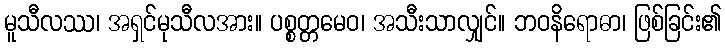
မူသီလဿ၊ အရှင်မုသီလအား။ ပစ္စတ္တမေဝ၊ အသီးသာလျှင်။ ဘဝနိရောဓာ၊ ဖြစ်ခြင်း၏